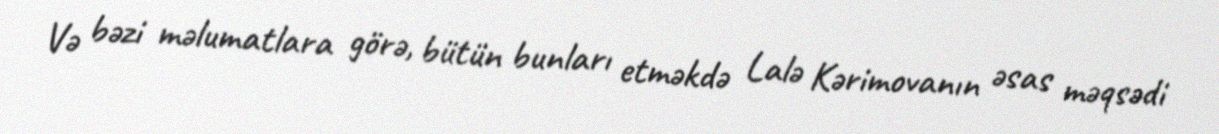
Və bəzi məlumatlara görə, bütün bunları etməkdə Lalə Kərimovanın əsas məqsədi